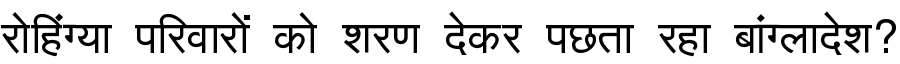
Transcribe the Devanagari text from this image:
रोहिंग्या परिवारों को शरण देकर पछता रहा बांग्लादेश?